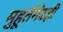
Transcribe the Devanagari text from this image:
मुहूर्तमेढही